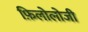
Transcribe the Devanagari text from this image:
फ़िलोलोजी